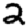
Digit: 2